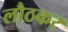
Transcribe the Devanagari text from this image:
लौठकर